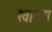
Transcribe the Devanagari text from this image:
खापरा